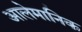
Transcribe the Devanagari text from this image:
आलेमानिक